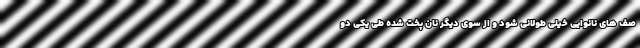
صف های نانوایی خیلی طولانی شود و از سوی دیگر نان پخت شده طی یکی دو